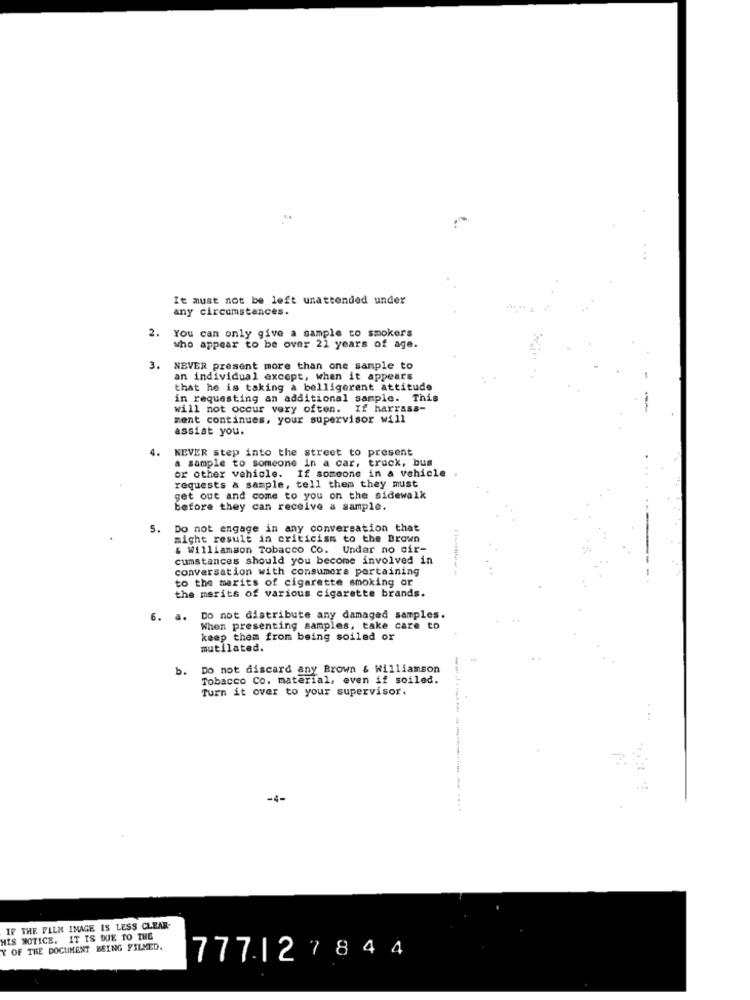
It must not be left unattended under
any circumstances.
2.
You can only give a sample to smokers
who appear to be over 21 years of age.
3. NEVER present more than one sample to
an individual except, when it appears
that he is taking & belligerent attitude
in requesting an additional sample. This
will not occur very often. If harrass-
ment continues, your supervisor will
assist you.
NEVER step into the street to present
a sample to someone in a car, truck, bus
or other vehicle.
If someone in a vehicle
requests a sample, tell them they must
get out and come to you on the sidewalk
before they can receive a sample.
5.
Do not engage in any conversation that
might result in criticism to the Brown
& Williamson Tobacco Co. Under no cir-
cumstances should you become involved in
conversation with consumers pertaining
to the merits of cigarette smoking or
the merits of various cigarette brands.
6. a. Do not distribute any damaged samples.
When presenting samples, take care to
keep them from being soiled or
mutilated.
b.
Do not discard any Brown & Williamson
Tobacco Co. material, even if soiled.
Turn it over to your supervisor.
-4-
IF THE FILM IMAGE IS LESS CLEAR-
HIS NOTICE. IT IS DUE TO THE
Y OF THE DOCUMENT BEING FILMED.
777127844